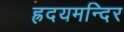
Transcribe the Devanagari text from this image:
ह्रदयमन्दिर